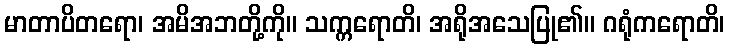
မာတာပိတရော၊ အမိအဘတို့ကို။ သက္ကရောတိ၊ အရိုအသေပြု၏။ ဂရုံကရောတိ၊